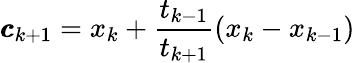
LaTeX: {\pmb{c}}_{k+1}=x_{k}+\frac{t_{k-1}}{t_{k+1}}(x_{k}-x_{k-1})